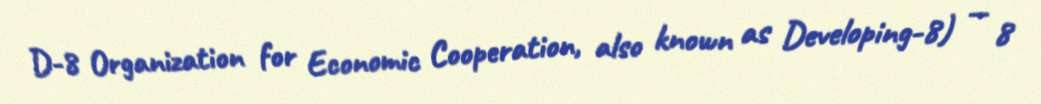
D-8 Organization for Economic Cooperation, also known as Developing-8) — 8